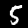
Digit: 5